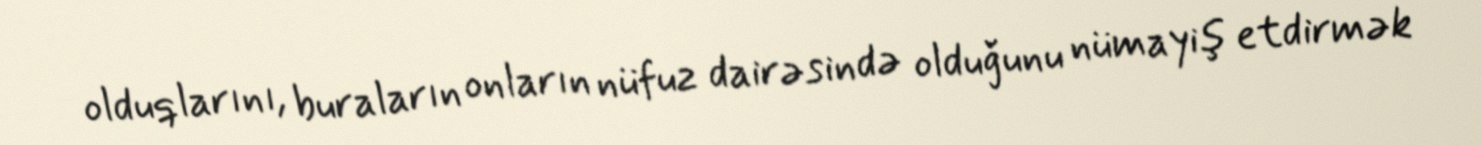
olduqlarını, buraların onların nüfuz dairəsində olduğunu nümayiş etdirmək